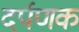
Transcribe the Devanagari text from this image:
दर्पणक